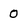
Character: 0